Indian journal of veterinary science and animal husbandry - Volumes 18-21, 1948-1951
Year: 1948
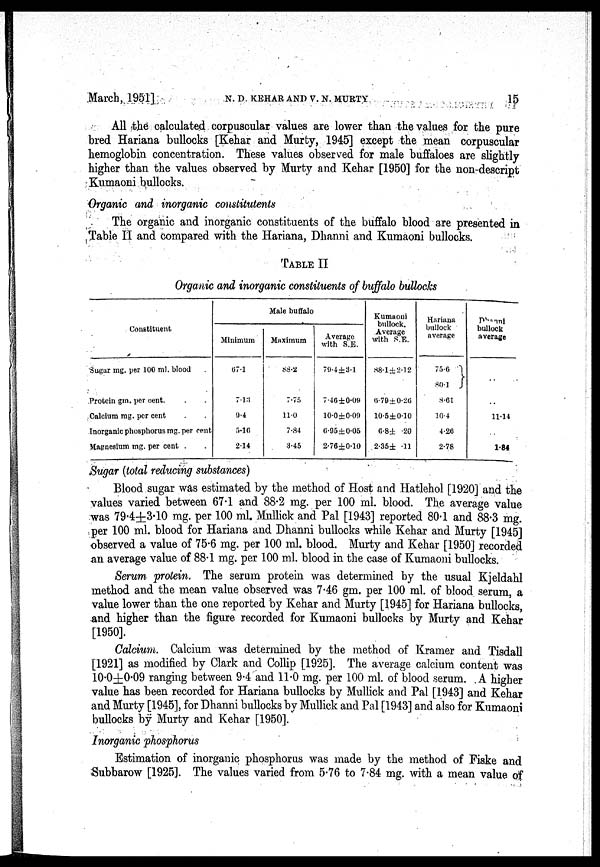
March, 1951]
N.
D.
KEHAR
AND
V.
N. MURTY 15
All the calculated corpuscular values are lower than the values for the pure
bred Hariana bullocks [Kehar and Murty, 1945] except the mean corpuscular
hemoglobin concentration. These values observed for male buffaloes are slightly
higher than the values observed by Murty and Kehar [1950] for the non-descript
Kumaoni bullocks.
Organic and inorganic constitutents
The organic and inorganic constituents of the buffalo blood are presented in
Table II and compared with the Hariana, Dhanni and Kumaoni bullocks.
TABLE II
Organic and inorganic constituents of buffalo bullocks
Constituent
Sugar mg. per 100 ml. blood .
Protein gm. per cent. . .
Calcium mg. per cent . .
Inorganic phosphorus mg. per cent
Magnesium mg. per cent . .
Male buffalo
Minimum
67.1
7.13
9.4
5.16
2.14
Maximum
88.2
7.75
11.0
7.84
3.45
Average
with S.E.
79.4±3.1
7.46±0.09
10.0±0.09
6.95±0.05
2.76±0.10
Kumaoni
bullock.
Average
with S.E.
88.1±2.12
6.79±0.26
10.5±0.10
6.8± .20
2.35± .11
Hariana
bullock
average
75.6 }
80.1
8.61
10.4
4.26
2.78
Dhanni
bullock
average
..
..
11.14
..
1.84
Sugar (total reducing substances)
Blood sugar was estimated by the method of Host and Hatlehol [1920] and the
values varied between 67.1 and 88.2 mg. per 100 ml. blood. The average value
was 79.4±3.10 mg. per 100 ml. Mullick and Pal [1943] reported 80.1 and 88.3 mg.
per 100 ml. blood for Hariana and Dhanni bullocks while Kehar and Murty [1945]
observed a value of 75.6 mg. per 100 ml. blood. Murty and Kehar [1950] recorded
an average value of 88.1 mg. per 100 ml. blood in the case of Kumaoni bullocks.
Serum protein. The serum protein was determined by the usual Kjeldahl
method and the mean value observed was 7.46 gm. per 100 ml. of blood serum, a
value lower than the one reported by Kehar and Murty [1945] for Hariana bullocks,
and higher than the figure recorded for Kumaoni bullocks by Murty and Kehar
[1950].
Calcium. Calcium was determined by the method of Kramer and Tisdall
[1921] as modified by Clark and Collip [1925]. The average calcium content was
10.0±0.09 ranging between 9.4 and 11.0 mg. per 100 ml. of blood serum. A higher
value has been recorded for Hariana bullocks by Mullick and Pal [1943] and Kehar
and Murty [1945], for Dhanni bullocks by Mullick and Pal [1943] and also for Kumaoni
bullocks by Murty and Kehar [1950].
Inorganic phosphorus
Estimation of inorganic phosphorus was made by the method of Fiske and
Subbarow [1925]. The values varied from 5.76 to 7.84 mg. with a mean value of